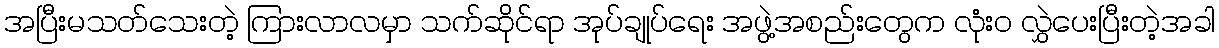
အပြီးမသတ်သေးတဲ့ ကြားလာလမှာ သက်ဆိုင်ရာ အုပ်ချုပ်ရေး အဖွဲ့အစည်းတွေက လုံး၀ လွှဲပေးပြီးတဲ့အခါ